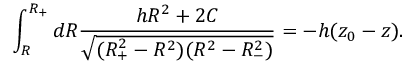
\int _ { R } ^ { R _ { + } } d R \frac { h R ^ { 2 } + 2 C } { \sqrt { ( R _ { + } ^ { 2 } - R ^ { 2 } ) ( R ^ { 2 } - R _ { - } ^ { 2 } ) } } = - h ( z _ { 0 } - z ) .